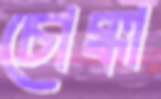
চোক্কা